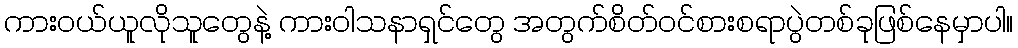
ကားဝယ်ယူလိုသူတွေနဲ့ ကားဝါသနာရှင်တွေ အတွက်စိတ်ဝင်စားစရာပွဲတစ်ခုဖြစ်နေမှာပါ။